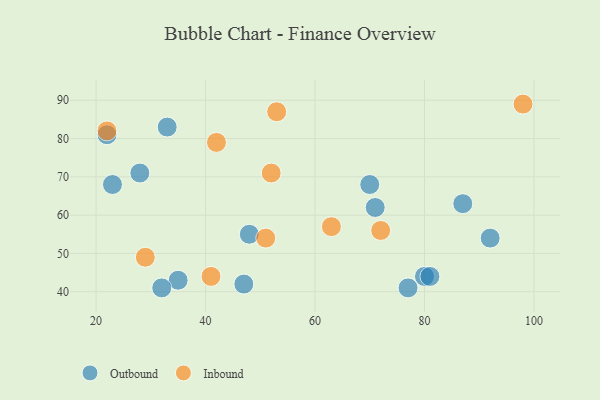
{"axis": {"x": "GDP", "y": "Life Expectancy"}, "legend": ["Inbound", "Outbound"], "data": [{"x": "23", "y": 68, "type": "Outbound"}, {"x": "35", "y": 43, "type": "Outbound"}, {"x": "92", "y": 54, "type": "Outbound"}, {"x": "28", "y": 71, "type": "Outbound"}, {"x": "47", "y": 42, "type": "Outbound"}, {"x": "87", "y": 63, "type": "Outbound"}, {"x": "32", "y": 41, "type": "Outbound"}, {"x": "77", "y": 41, "type": "Outbound"}, {"x": "80", "y": 44, "type": "Outbound"}, {"x": "71", "y": 62, "type": "Outbound"}, {"x": "22", "y": 81, "type": "Outbound"}, {"x": "81", "y": 44, "type": "Outbound"}, {"x": "70", "y": 68, "type": "Outbound"}, {"x": "33", "y": 83, "type": "Outbound"}, {"x": "48", "y": 55, "type": "Outbound"}, {"x": "63", "y": 57, "type": "Inbound"}, {"x": "72", "y": 56, "type": "Inbound"}, {"x": "98", "y": 89, "type": "Inbound"}, {"x": "52", "y": 71, "type": "Inbound"}, {"x": "22", "y": 82, "type": "Inbound"}, {"x": "29", "y": 49, "type": "Inbound"}, {"x": "53", "y": 87, "type": "Inbound"}, {"x": "41", "y": 44, "type": "Inbound"}, {"x": "42", "y": 79, "type": "Inbound"}, {"x": "51", "y": 54, "type": "Inbound"}]}